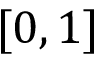
[ 0 , 1 ]